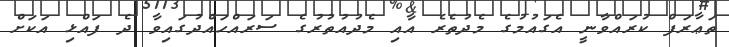
ތަޢާރަފް ކުރައްވާނީ އެގައުމުގެ މެދުތެރެ އާއި މެދުއުތުރުގެ ސަރައްހައްދުގައިވާ ދެ ފައްޅި އަކަށް